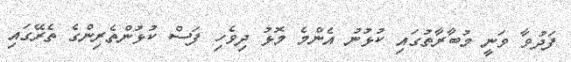
ފަދުވާ ވަނީ މުބާރާތުގައި ކުޅުނު އެންމެ މޮޅު ދިވެހި ފަސް ކުޅުންތެރިންގެ ތެރޭގައި